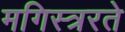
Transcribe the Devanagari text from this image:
मगिस्त्ररते